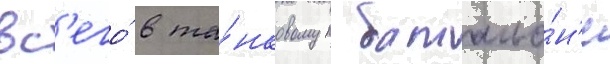
вс'его́ в та́нковом батальо́н'е